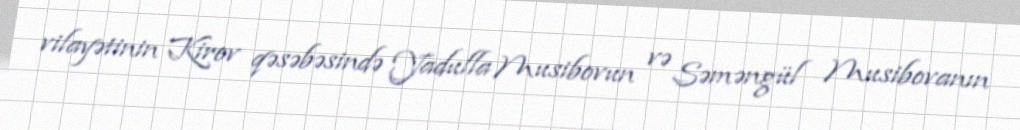
vilayətinin Kirov qəsəbəsində Yadulla Musibovun və Səməngül Musibovanın